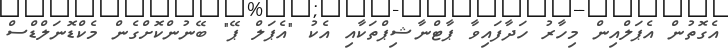
އެގޮތުން އެޕަލްއިން މިހާރު ހަދާފައިވާ ޕާޓްނާޝިޕްތަކާއި އެކު "އެޕަލް ޕޭ" ބޭނުންކޮށްގެން މެކްޑޮނަލްޑްސް